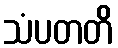
သံပတတိ